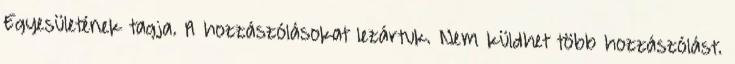
Egyesületének tagja. A hozzászólásokat lezártuk. Nem küldhet több hozzászólást.